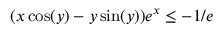
( x \cos ( y ) - y \sin ( y ) ) e ^ { x } \leq - 1 / e